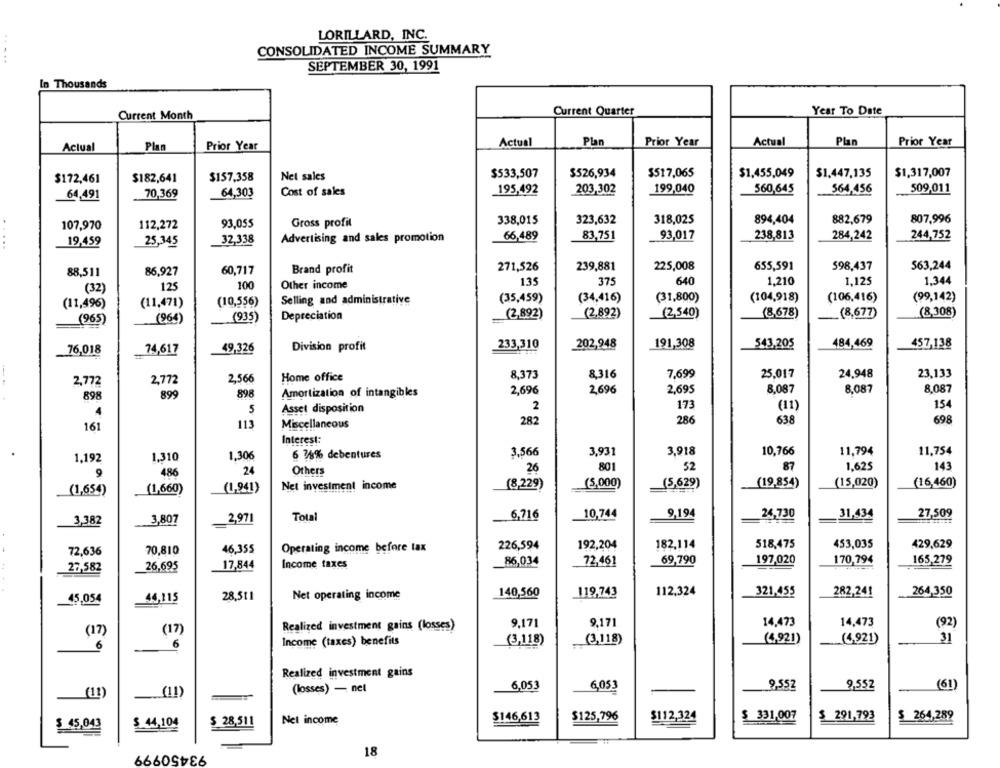
LORILLARD, INC.
CONSOLIDATED INCOME SUMMARY
.....
SEPTEMBER 30, 1991
In Thousands
Current Month
Current Quarter
Year To Date
Actual
Plan
Prior Year
Actual
Plan
Prior Year
Actual
Plan
Prior Year
$157,358
$533,507
$526,934
$517,065
$1,455,049
$1.447,135
$1,317,007
$172,461
$182,641
Net sales
Cost of sales
195,492
203,302
199,040
560,645
564,456
509,011
64.491
70,369
64,303
93,055
Gross profit
338,015
323,632
318,025
894,404
882,679
807,996
107,970
112,272
Advertising and sales promotion
66,489
83,751
93,017
238,813
284,242
244,752
.....
19,459
25,345
32,338
60,717
Brand profit
271,526
239,881
225,008
655,591
598,437
563,244
88,511
86,927
100
Other income
135
375
640
1,210
1,125
1,344
(32)
125
Selling and administrative
(35,459)
(34,416)
(31,800)
(104,918)
(106.416)
(99,142)
(11,496)
(11,471)
(10,556)
Depreciation
(2,892)
(2,892)
(2,540)
(8,678)
(8,677)
(8,308)
(965)
(964
(935)
233,310
191,308
543,205
484,469
457,138
76,018
74,617
49,326
Division profit
202,948
Home office
8,373
8.316
7,699
25.017
24,948
23,133
2,772
2,772
2,566
Amortization of intangibles
2,696
2,696
2,695
8.087
8,087
8,087
898
899
898
2
173
(11)
154
5
Asset disposition
282
286
638
698
161
113
Miscellaneous
Interest:
6 74% debentures
3,566
3.931
3,918
10,766
11,794
11,754
1,192
1.310
1,306
26
801
52
87
1.625
143
9
486
24
Others
(8,229)
(5,000)
(5,629)
(19,854)
(15,020)
(16,460)
(1,654)
(1,660)
(1,941)
Net investment income
10,744
9,194
24,730
27,509
3,382
3,807
2,971
Total
6,716
31,434
226,594
192,204
182.114
518,475
453,035
429,629
72,636
70,810
46,355
Operating income before tax
69,790
197,020
170,794
165,279
27,582
26,695
17,844
Income taxes
86,034
72,461
112,324
321,455
282,241
264,350
45,054
44,115
28,511
Net operating income
140,560
119,743
9.171
9.171
14,473
14,473
Realized investment gains (losses)
(92)
(17)
(17)
(4.921)
31
6
6
Income (taxes) benefits
(3,118)
(3,118)
(4,921)
Realized investment gains
(losses) - net
6,053
6,053
9,552
9,552
(61)
(11)
(11)
$ 44,104
$ 28,511
Nel income
$146,613
$125,796
$112,324
$ 331,007
$ 291,793
$ 264,289
$ 45,043
93450999
18